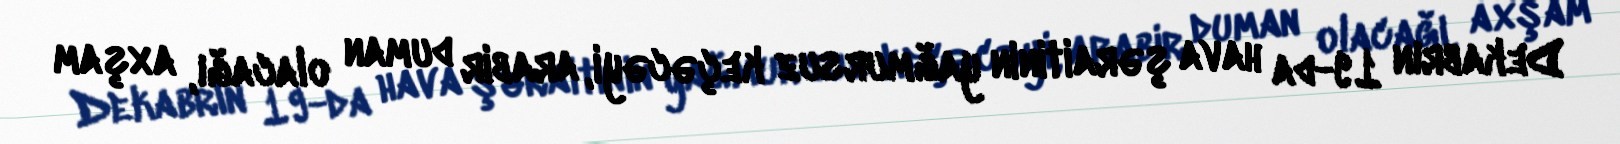
Dekabrın 19-da hava şəraitinin yağmursuz keçəcəyi, arabir duman olacağı, axşam